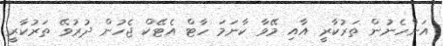
އަންހެނުން ތަރުކާރީ އާއި މޭވާ ކާނަމަ ހާޓް އެޓޭކް ޖެހުން ދުރުވޭ ތަރުކާރީ